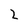
Character: 2